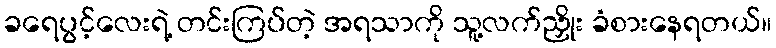
ခရေပွင့်လေးရဲ့ တင်းကြပ်တဲ့ အရသာကို သူ့လက်ညှိုး ခံစားနေရတယ်။